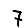
Digit: 7